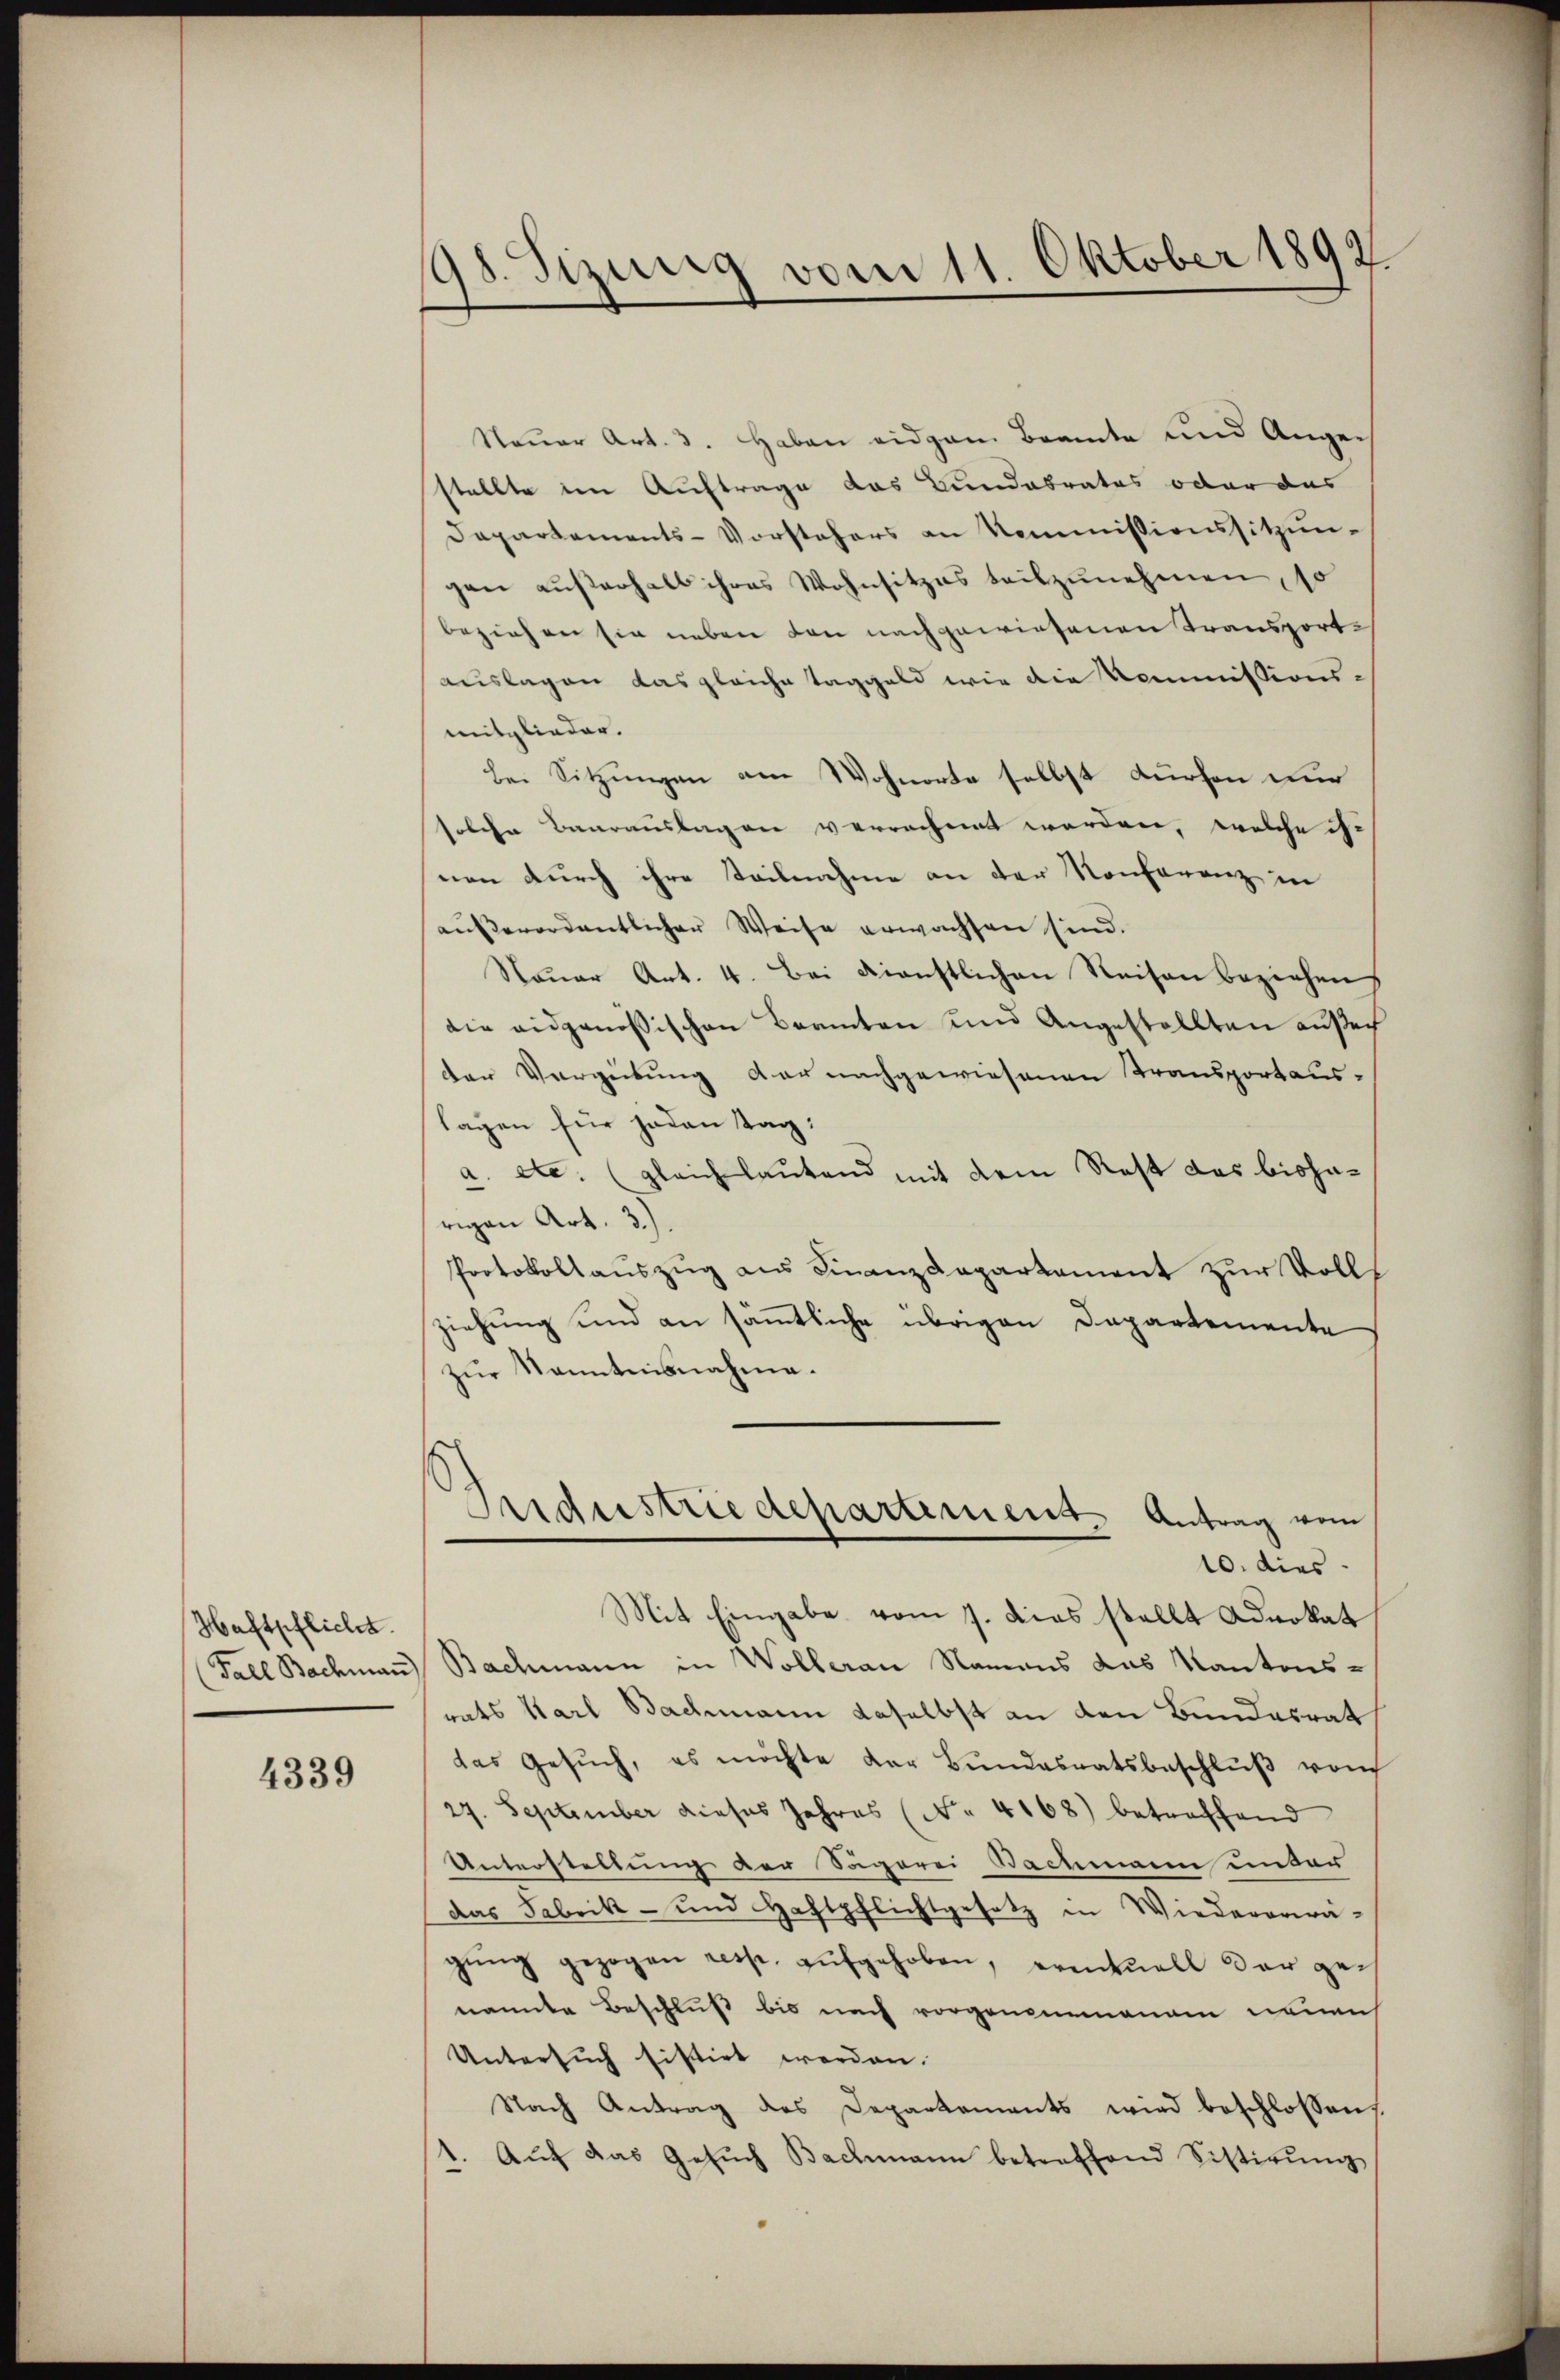
Haftpflicht.

4339

98. Sizung vom 11. Oktober 1892

Naŭer Art. 3. Haben eidgan Beamte und Ange-
stellte im Auftrage das Bundabrates oder das
Dapartements-Vorstehers an Kommissionssitzungen außerhalb ihres Wohnsitzes teilzunehmen, so
beziehen sie neben von nachgewiesenen Transport-
auslagen das gleiche Taggeld wie die Kommissions-
mitglieder.
Bei Sitzungen am Wohnorte selbst dürfen nur
solche Baarauslagen verrechnet worden, welche ihr
nen durch ihre Teilnahme an der Konferenz in
außerordentlicher Weise erwachsen sind.
Nauer Art. 4. Bei dienstlichen Reisen beziehen,
die eidgenössischen Beamten und Angestellten ausech
der Vergebung der nachgewiesenen Transportauslagen für jeden tag:
a. etc. (gleich lautend mit dem Rest das bisharigen Art. 3.)
Protokollauszug aus Finanzdepartement zur Vollz
ziehung und an sämmtliche übrigen Departemente
zur Kenntnisnahme.
Industriedepartement. Antrag vom
10. dies
Mit Eingabe vom 7. dies stellt Advokat
Fall Bachmann Bachmann in Wolleran Namens das Kantonsrats Karl Bachmann daselbst an den Bundesrat
das Gesŭch, es möchte der Bŭndesratsbeschlŭβ vom
27. September dieses Jahres (No. 4168) betreffend
Unterstellung der Sägerei Bachmann unter
das Fabrik- und Haftpflichtgesetz in Wiedererwä-
gŭng gezogen resp. aŭfgehoben, eventuell der genannte Beschluß bis nach vorgenommenem neuen
Untersuch sistirt werden.
Nach Antrag des Departements wird beschlossen
1. Auf das Gesuch Bachmann betreffend Sistirung